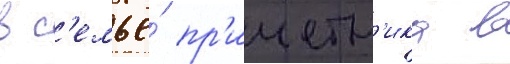
в с'емье́ пр'ичетн'ика в